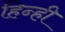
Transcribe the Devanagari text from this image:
हिन्ही